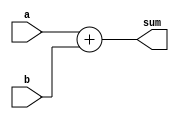
module vector_continuous_assignment #(
    parameter N = 8 // Define the width of the vector, default is 8 bits
)(
    input  wire [N-1:0] a,  // First input vector
    input  wire [N-1:0] b,  // Second input vector
    output wire [N-1:0] sum // Output vector representing the sum of a and b
);

// Continuous assignment of sum output based on inputs a and b
assign sum = a + b;

endmodule